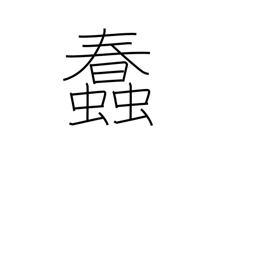
Meaning: wriggle